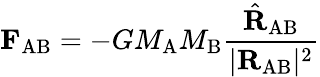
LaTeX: \mathbf{F}_{\mathrm{AB}}=-GM_{\mathrm{A}}M_{\mathrm{B}}{\frac{{\hat{\mathbf{R}}}_{\mathrm{AB}}}{|\mathbf{R}_{\mathrm{AB}}|^{2}}}